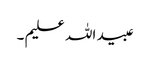
عبید اللہ علیم ۔